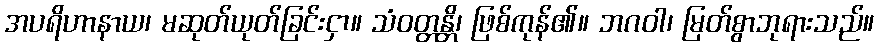
အပရိဟာနာယ၊ မဆုတ်ယုတ်ခြင်းငှာ။ သံဝတ္တန္တိ၊ ဖြစ်ကုန်၏။ ဘဂဝါ၊ မြတ်စွာဘုရားသည်။